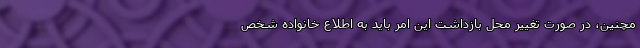
مچنین، در صورت تغییر محل بازداشت این امر باید به اطلاع خانواده شخص